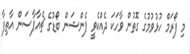
މި ފޯރަމް ހުޅުވުމުގެ ގޮތުން ވާހަކަ ދެއްކެވީ ޕެންޝަން ބޯޑުގެ ޗެއާޕާސަން އާތިފާ